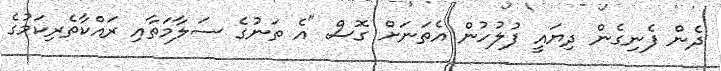
ދެން ފެނިގެން ދިޔައީ ފުލުހުން އެތަނަށް ގޮސް "އެ ތަނުގެ ސަލާމަތާއި ރައްކާތެރިކަމުގެ